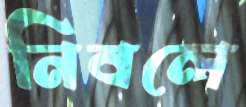
নিবলে